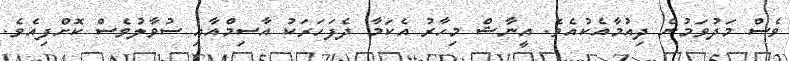
ވެސް މަދުވަމުން ދިއުމާއެކުއެވެ. އީނާޝް މިހާރު އެކަމާ ދެފަހަރަކު އާސިމްއާއި ސުވާލުވެސް ކޮށްފިއެވެ.